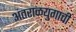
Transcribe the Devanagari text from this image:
अंतराळयुगाची